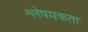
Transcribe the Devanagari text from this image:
श्लेषमकता